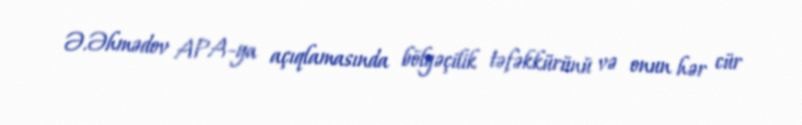
Ə.Əhmədov APA-ya açıqlamasında bölgəçilik təfəkkürünü və onun hər cür